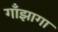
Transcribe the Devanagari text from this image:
गाँझागा